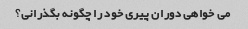
می خواهی دوران پیری خود را چگونه بگذرانی؟